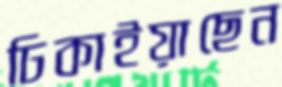
ঢিকাইয়াছেন